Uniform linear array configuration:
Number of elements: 12
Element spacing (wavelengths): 1
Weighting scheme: hann
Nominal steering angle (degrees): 15
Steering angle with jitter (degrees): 16.429
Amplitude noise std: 0.05
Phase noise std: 0.05

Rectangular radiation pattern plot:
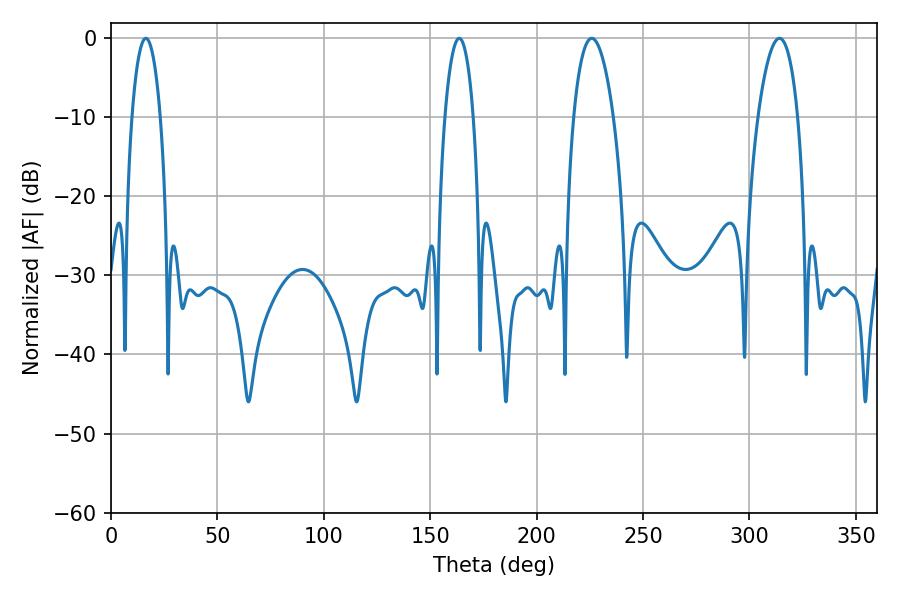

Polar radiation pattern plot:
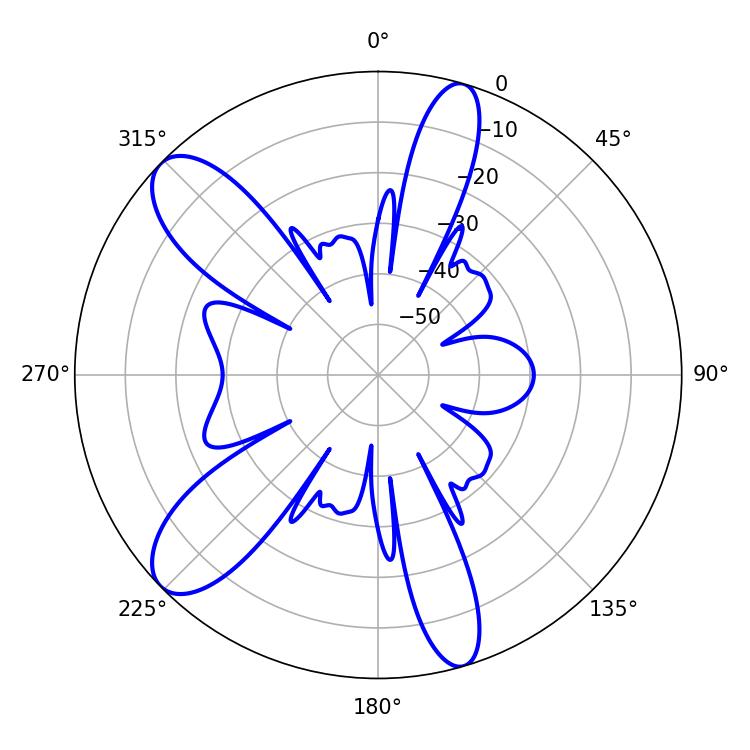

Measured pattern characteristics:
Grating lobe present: TRUE
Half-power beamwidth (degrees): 7.56
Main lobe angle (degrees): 16.38